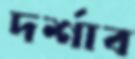
দর্শাব